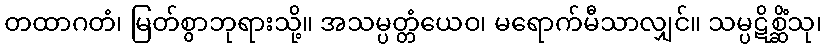
တထာဂတံ၊ မြတ်စွာဘုရားသို့။ အသမ္ပတ္တံယေဝ၊ မရောက်မီသာလျှင်။ သမ္ပဋိစ္ဆိံသု၊